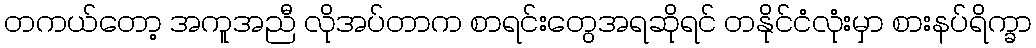
တကယ်တော့ အကူအညီ လိုအပ်တာက စာရင်းတွေအရဆိုရင် တနိုင်ငံလုံးမှာ စားနပ်ရိက္ခာ